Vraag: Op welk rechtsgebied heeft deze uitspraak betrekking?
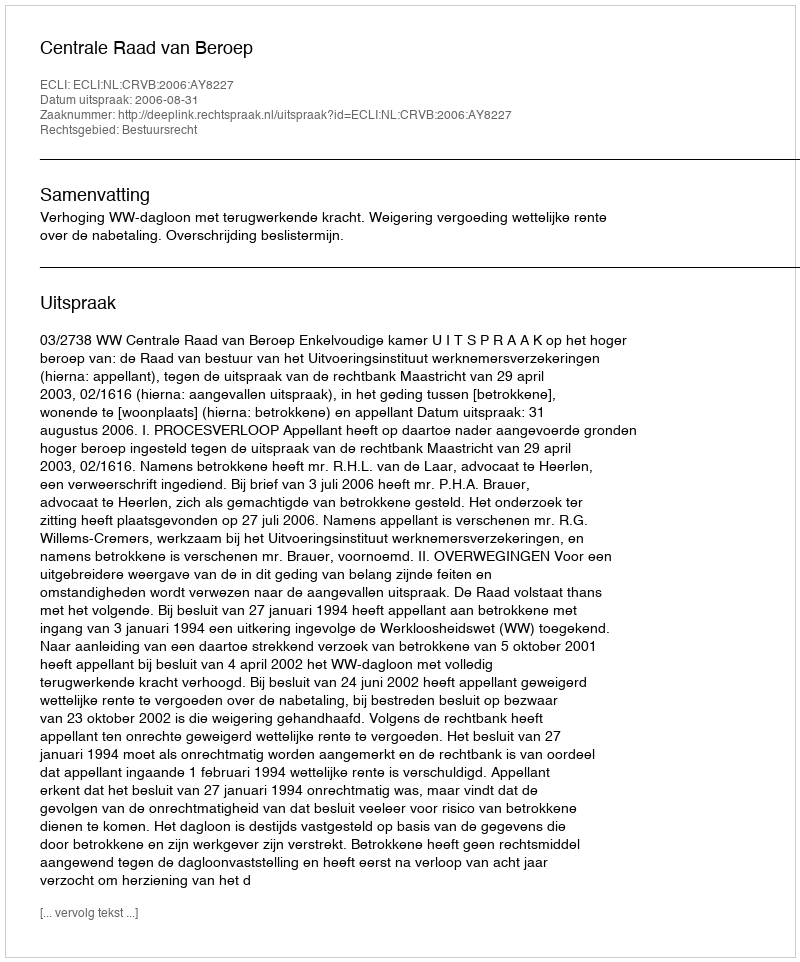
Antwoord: Bestuursrecht